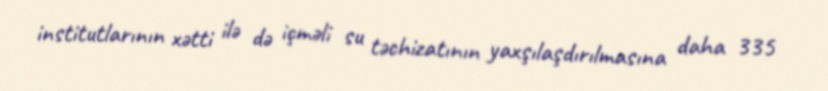
institutlarının xətti ilə də içməli su təchizatının yaxşılaşdırılmasına daha 335